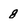
Character: 8